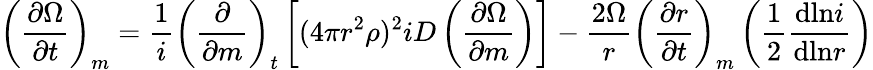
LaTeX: \left(\frac{\partial\Omega}{\partial t}\right)_{m}=\frac{1}{i}\left(\frac{\partial}{\partial m}\right)_{t}\left[(4\pi r^{2}\rho)^{2}iD\left(\frac{\partial\Omega}{\partial m}\right)\right]-\frac{2\Omega}{r}\left(\frac{\partial r}{\partial t}\right)_{m}\left(\frac{1}{2}\frac{\textrm{dln}i}{\textrm{dln}r}\right)